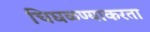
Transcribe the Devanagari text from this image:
चिघळण्याकरता